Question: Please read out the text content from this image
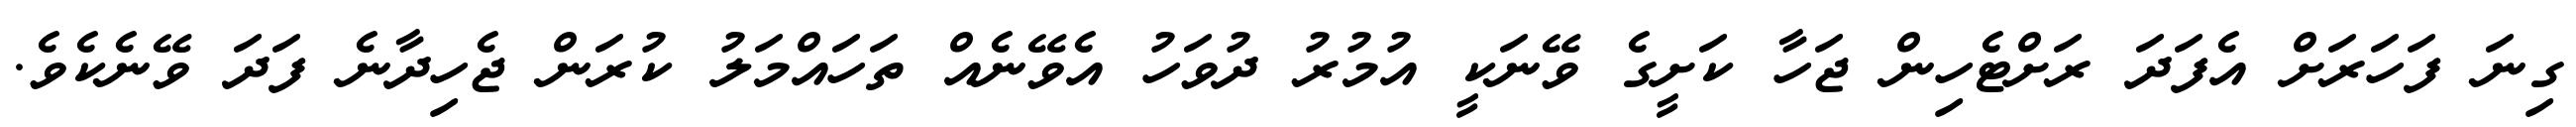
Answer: ގިނަ ފަހަރަށް އެފަދަ ރަށްޓެހިން ޖަހާ ކަށީގެ ވޭނަކީ އުމުރު ދުވަހު އެވޭނެއް ތަހައްމަލު ކުރަން ޖެހިދާނެ ފަދަ ވޭނެކެވެ.